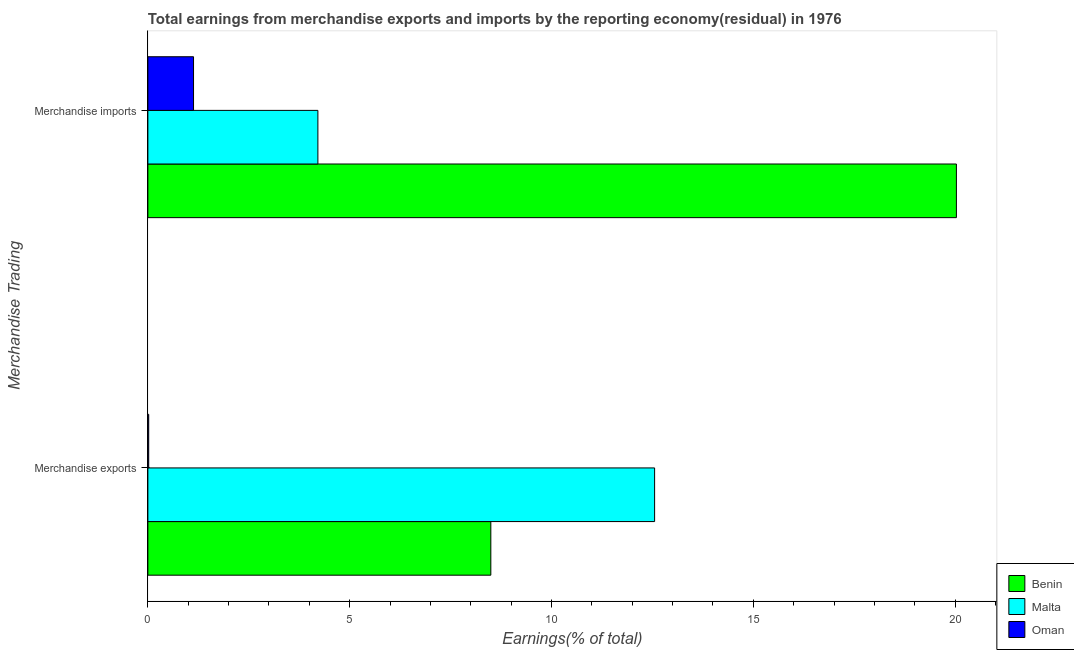
| Merchandise Trading | Benin | Malta | Oman |
 | --- | --- | --- | --- |
 | Merchandise exports | 8.5 | 12.6 | 0.0206 |
 | Merchandise imports | 20 | 4.21 | 1.13 |